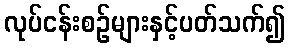
လုပ်ငန်းစဉ်များနှင့်ပတ်သက်၍